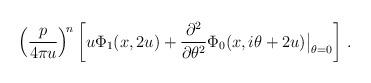
LaTeX: \begin{align*} \Big(\frac{p}{4 \pi u}\Big)^{\!n} \left[u \Phi_1(x, 2 u ) +\frac{\partial^2}{\partial \theta^2}\Phi_0(x, i\theta + 2 u )\big|_{\theta = 0} \right]\,. \end{align*}